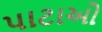
પાટાઓ